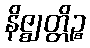
နိဇ္ဈတ္တိဉ္စ